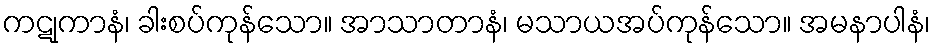
ကဋုကာနံ၊ ခါးစပ်ကုန်သော။ အာသာတာနံ၊ မသာယအပ်ကုန်သော။ အမနာပါနံ၊